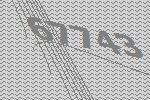
67743